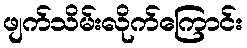
ဖျက်သိမ်းလိုက်ကြောင်း